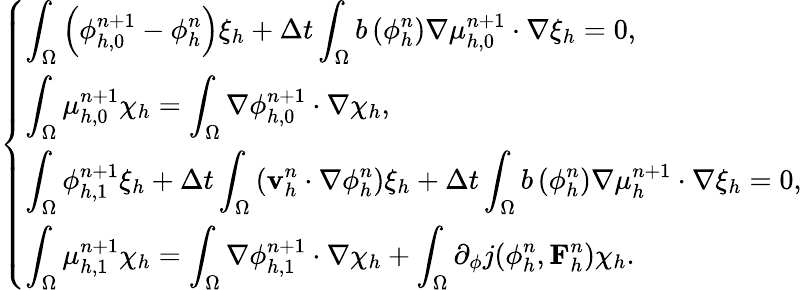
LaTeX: \left\{ \begin{array}{ll}{\displaystyle\int_{\Omega}\left(\phi_{h,0}^{n+1}-\phi_{h}^{n}\right)\xi_{h}+\Delta t\int_{\Omega}b\left(\phi_{h}^{n}\right)\nabla\mu_{h,0}^{n+1}\cdot\nabla\xi_{h}=0,}\\ {\displaystyle\int_{\Omega}\mu_{h,0}^{n+1}\chi_{h}=\int_{\Omega}\nabla\phi_{h,0}^{n+1}\cdot\nabla\chi_{h},}\\ {\displaystyle\int_{\Omega}\phi_{h,1}^{n+1}\xi_{h}+\Delta t\int_{\Omega}\left(\mathbf{v}_{h}^{n}\cdot\nabla\phi_{h}^{n}\right)\xi_{h}+\Delta t\int_{\Omega}b\left(\phi_{h}^{n}\right)\nabla\mu_{h}^{n+1}\cdot\nabla\xi_{h}=0,}\\ {\displaystyle\int_{\Omega}\mu_{h,1}^{n+1}\chi_{h}=\int_{\Omega}\nabla\phi_{h,1}^{n+1}\cdot\nabla\chi_{h}+\int_{\Omega}\partial_{\phi}j(\phi_{h}^{n},\mathbf{F}_{h}^{n})\chi_{h}.}\end{array}\right.